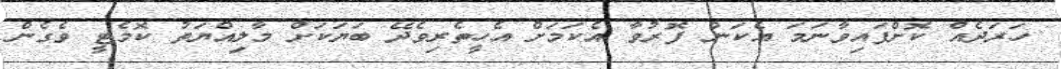
ހަރަދެއް ކޮށްފައިވާނަމަ އެކަން ފޮރުވާ އެކަމަށް އެހީތެރިވެދޭ ބަޔަކަށް މާލިއްޔަތު ކޮމެޓީ ވެގެން